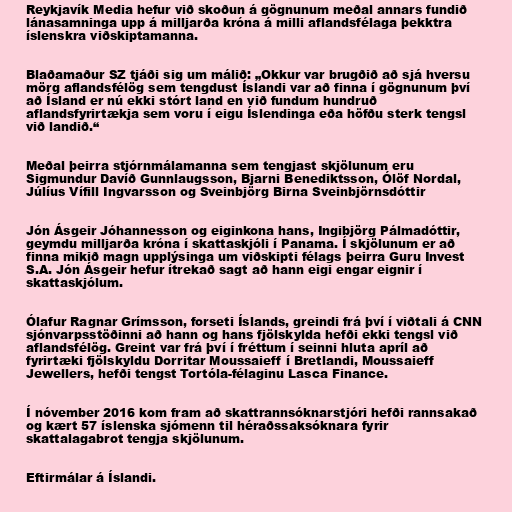
Reykjavík Media hefur við skoðun á gögnunum meðal annars fundið
lánasamninga upp á milljarða króna á milli aflandsfélaga þekktra
íslenskra viðskiptamanna.

Blaðamaður SZ tjáði sig um málið: „Okkur var brugðið að sjá hversu
mörg aflandsfélög sem tengdust Íslandi var að finna í gögnunum því
að Ísland er nú ekki stórt land en við fundum hundruð
aflandsfyrirtækja sem voru í eigu Íslendinga eða höfðu sterk tengsl
við landið.“

Meðal þeirra stjórnmálamanna sem tengjast skjölunum eru
Sig­mund­ur Davíð Gunn­laugs­son, Bjarni Benediktsson, Ólöf Nordal,
Júlíus Vífill Ingvarsson og Sveinbjörg Birna Sveinbjörnsdóttir

Jón Ásgeir Jóhannesson og eiginkona hans, Ingibjörg Pálmadóttir,
geymdu milljarða króna í skattaskjóli í Panama. Í skjölunum er að
finna mikið magn upplýsinga um viðskipti félags þeirra Guru Invest
S.A. Jón Ásgeir hefur ítrekað sagt að hann eigi engar eignir í
skattaskjólum.

Ólafur Ragnar Grímsson, forseti Íslands, greindi frá því í viðtali á CNN
sjónvarpsstöðinni að hann og hans fjölskylda hefði ekki tengsl við
aflandsfélög. Greint var frá því í fréttum í seinni hluta apríl að
fyrirtæki fjölskyldu Dorritar Moussaieff í Bretlandi, Moussaieff
Jewellers, hefði tengst Tortóla-félaginu Lasca Finance.

Í nóvember 2016 kom fram að skattrannsóknarstjóri hefði rannsakað
og kært 57 íslenska sjómenn til héraðssaksóknara fyrir
skattalagabrot tengja skjölunum.

Eftirmálar á Íslandi.